Civil Veterinary Department ledger series I-VI
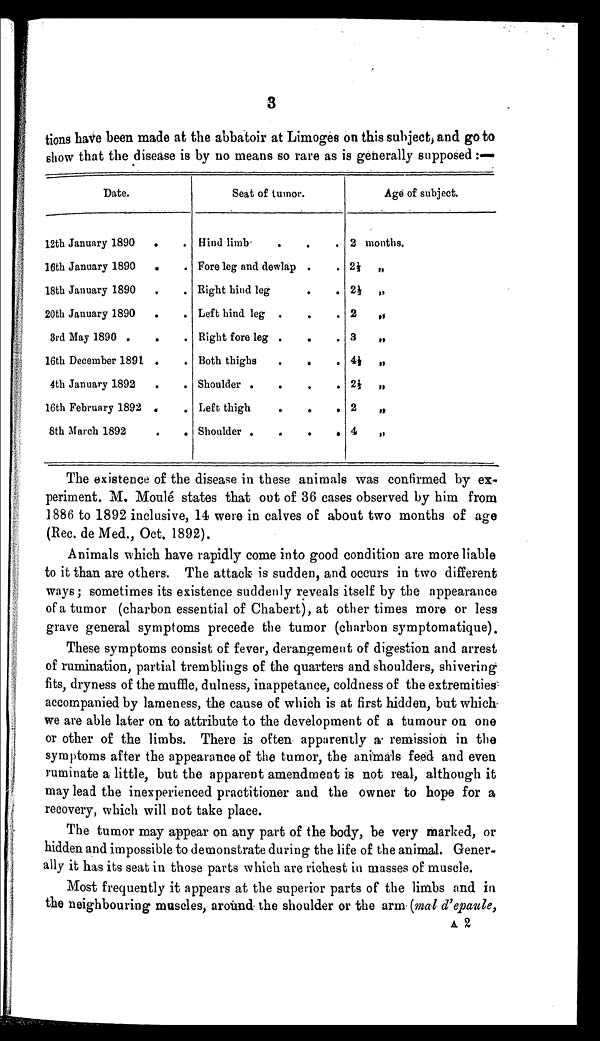
3
tions have been made at the abbatoir at Limoges on this subject, and go to
show that the disease is by no means so rare as is generally supposed :—
Date.
12th January 1890 . .
16th January 1890 . .
18th January 1890 . .
20th January 1890 . .
3rd May 1890 . . .
16th December 1891 . .
4th January 1892 . .
16th February 1892 . .
8th March 1892 . .
Seat of tumor.
Hind limb
.
.
.
Fore leg and dewlap . .
Right hind leg . . .
Left hind leg . . .
Right fore leg
.
. .
Both thighs
.
.
.
Shoulder .
.
.
.
Left thigh
.
.
.
Shoulder .
.
.
.
Age of subject.
2 months.
2½ „
2⅓ „
2
„
3 „
4½ „
2½ „
2
„
4 „
The existence of the disease in these animals was confirmed by ex
periment. M. Moulé states that out of 36 cases observed by him from
1886 to 1892 inclusive, 14 were in calves of about two months of age
(Rec. de Med., Oct. 1892).
Animals which have rapidly come into good condition are more liable
to it than are others. The attack is sudden, and occurs in two different
ways; sometimes its existence suddenly reveals itself by the appearance
of a tumor (charbon essential of Chabert), at other times more or less
grave general symptoms precede the tumor (charbon symptomatique).
These symptoms consist of fever, derangement of digestion and arrest
of rumination, partial tremblings of the quarters and shoulders, shivering
fits, dryness of the muffle, dulness, inappetance, coldness of the extremities
accompanied by lameness, the cause of which is at first hidden, but which
we are able later on to attribute to the development of a tumour on one
or other of the limbs. There is often apparently a remission in the
symptoms after the appearance of the tumor, the animals feed and even
ruminate a little, but the apparent amendment is not real, although it
may lead the inexperienced practitioner and the owner to hope for a
recovery, which will not take place.
The tumor may appear on any part of the body, be very marked, or
hidden and impossible to demonstrate during the life of the animal. Gener
ally it has its seat in those parts which are richest in masses of muscle.
Most frequently it appears at the superior parts of the limbs and in
the neighbouring muscles, around the shoulder or the arm (mal d'epaule,
A 2